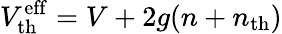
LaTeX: V_{\mathrm{th}}^{\mathrm{eff}}=V+2g(n+n_{\mathrm{th}})